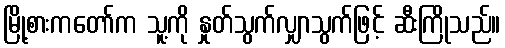
မြို့စားကတော်က သူ့ကို နှုတ်သွက်လျှာသွက်ဖြင့် ဆီးကြိုသည်။